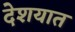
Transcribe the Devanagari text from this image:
देशयात